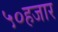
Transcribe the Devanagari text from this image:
५०हजार